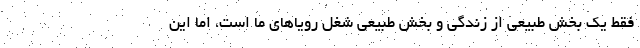
فقط یک بخش طبیعی از زندگی و بخش طبیعی شغل رویاهای ما است، اما این